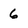
Character: 6